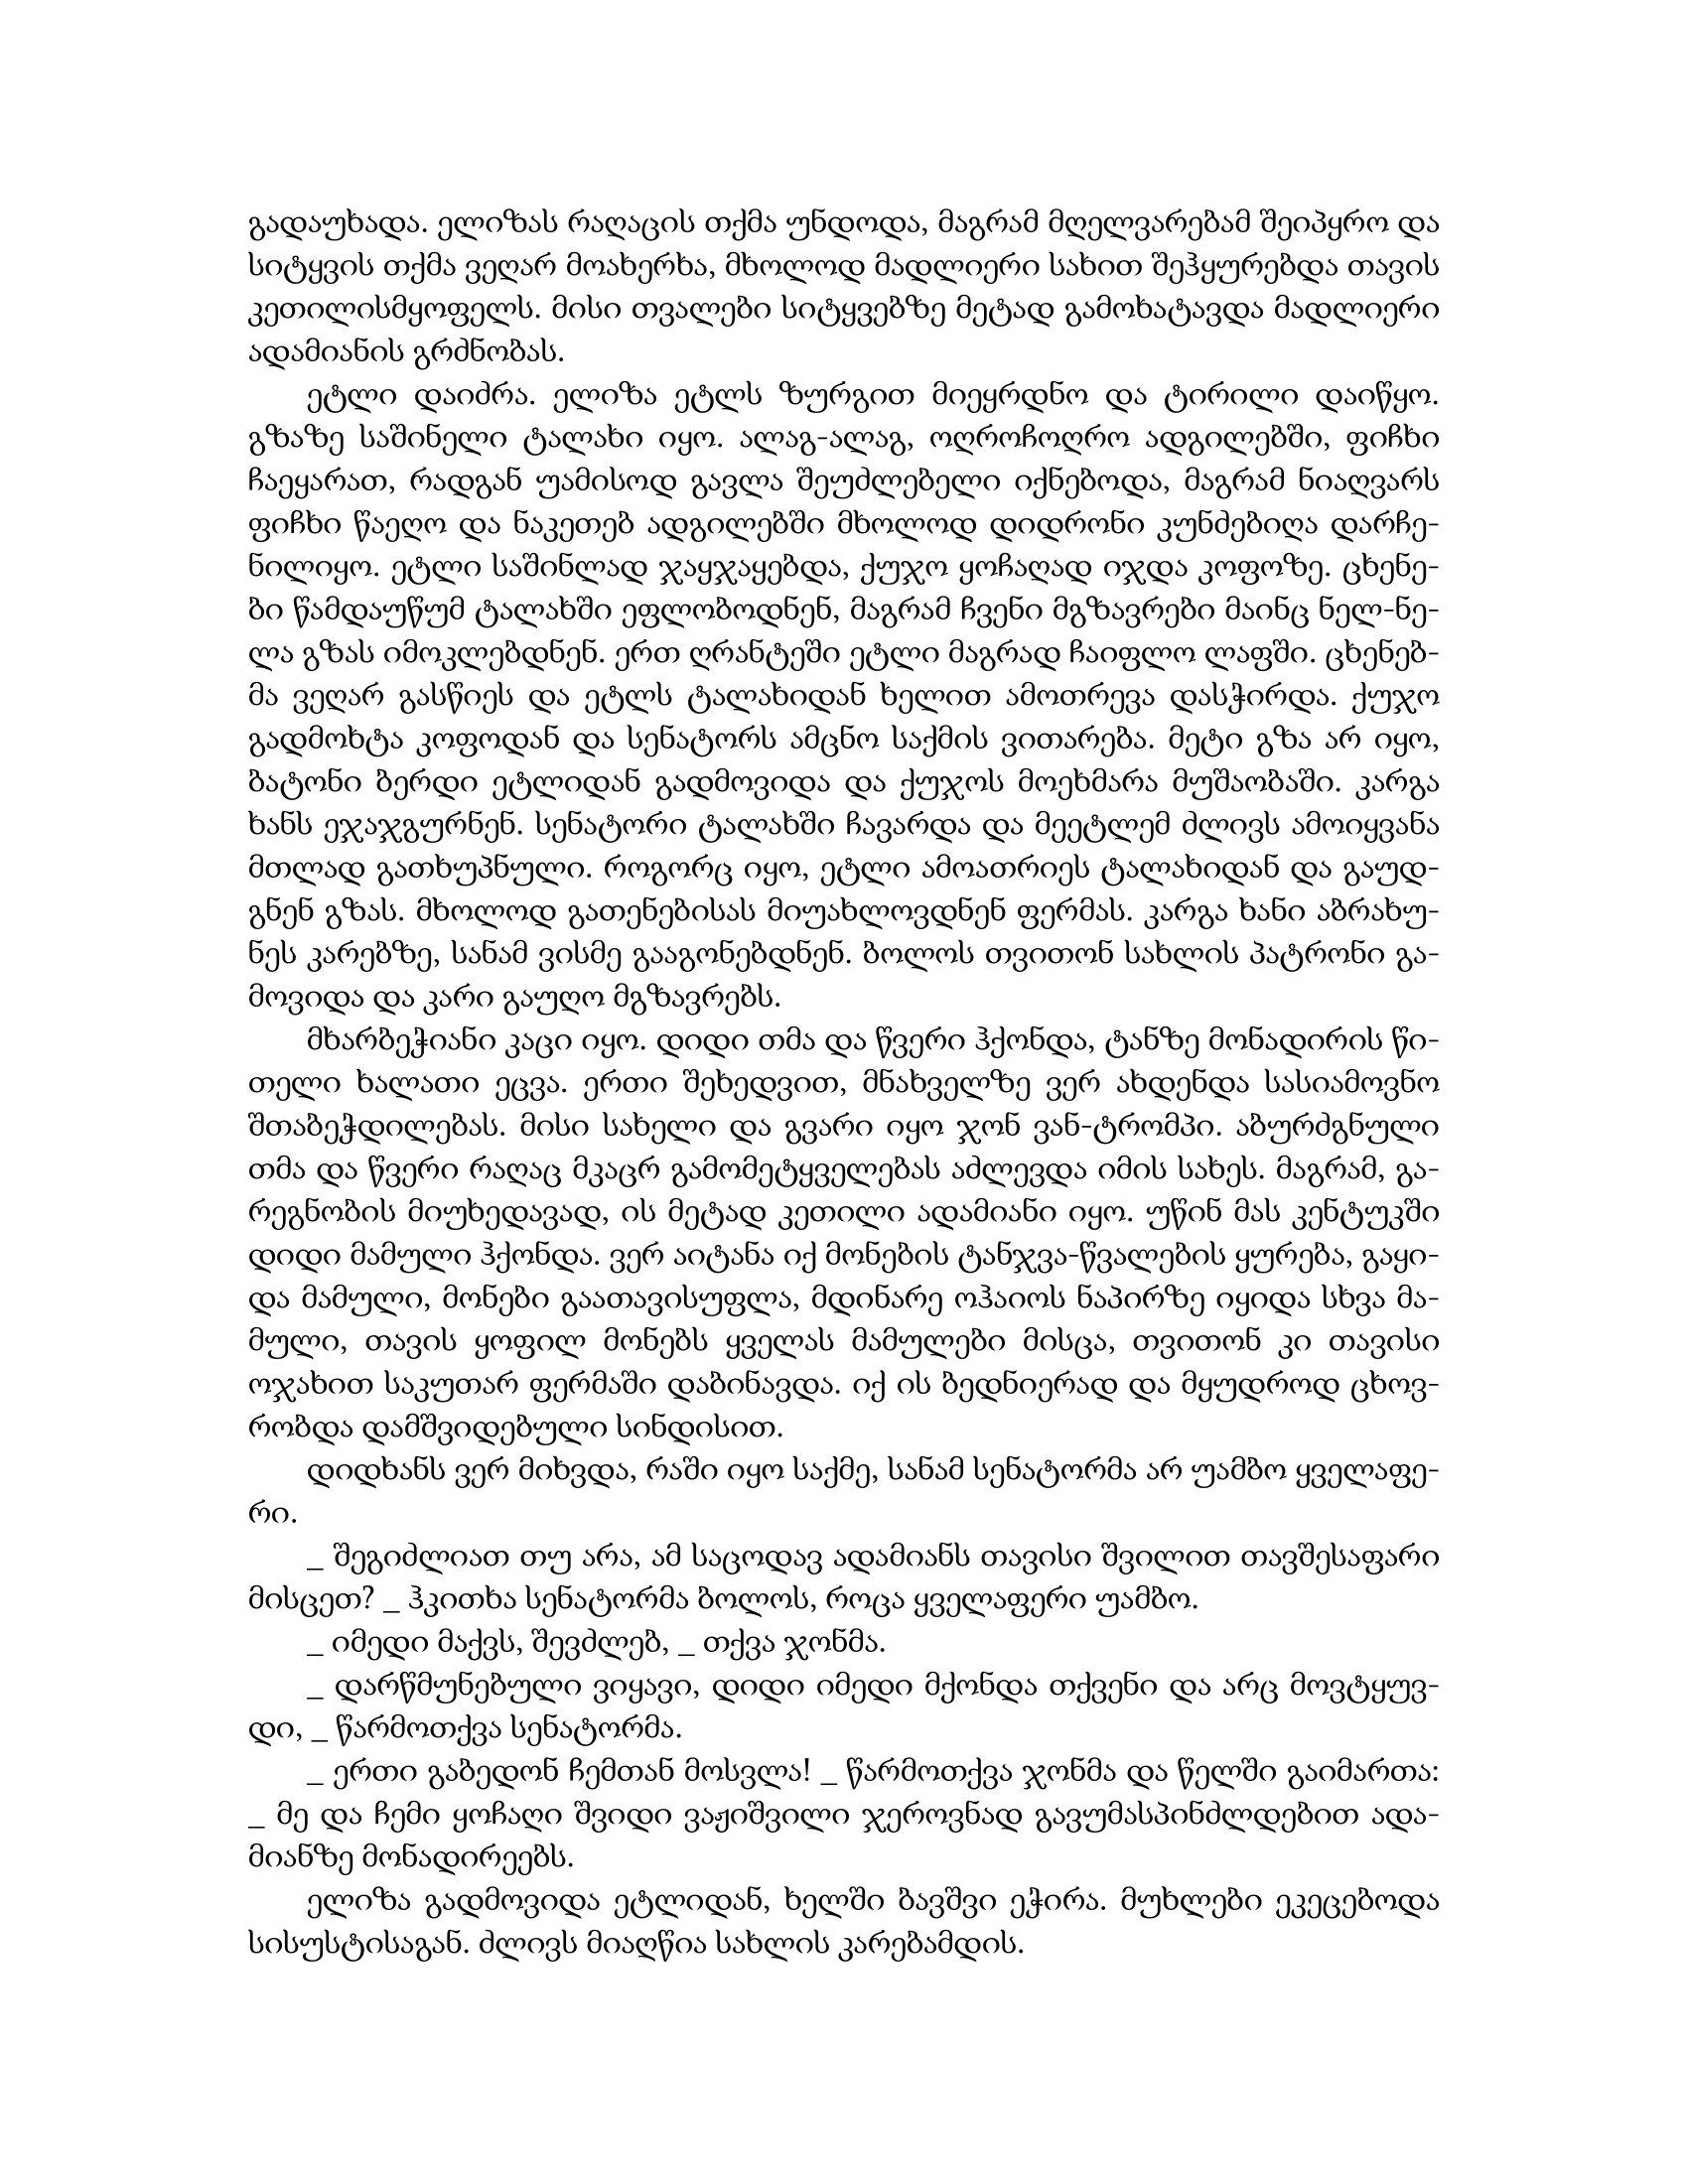
Language: gr